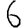
Digit: 6